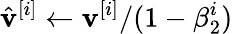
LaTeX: \hat{\mathbf{v}}^{[i]}\leftarrow\mathbf{v}^{[i]}/(1-\beta_{2}^{i})